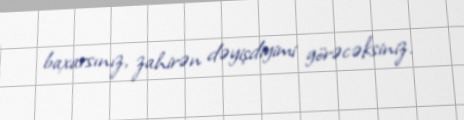
baxarsınız, zahirən dəyişdiyimi görəcəksiniz.